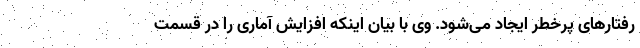
رفتارهای پرخطر ایجاد می‌شود. وی با بیان اینکه افزایش آماری را در قسمت